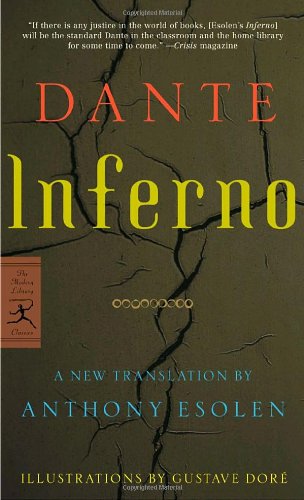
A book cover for Inferno (Modern Library Classics); Dante; Literature & Fiction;